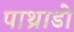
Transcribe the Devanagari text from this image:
पाथ्राडो